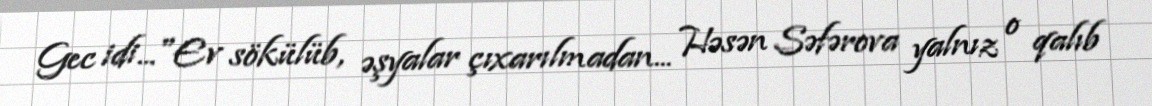
Gec idi..."Ev sökülüb, əşyalar çıxarılmadan... Həsən Səfərova yalnız o qalıb